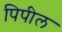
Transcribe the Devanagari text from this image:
पिपील